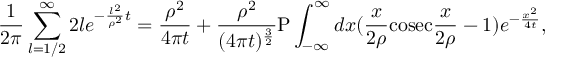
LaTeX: { \frac { 1 } { 2 \pi } } \sum _ { l = 1 / 2 } ^ { \infty } 2 l e ^ { - { \frac { l ^ { 2 } } { \rho ^ { 2 } } } t } = { \frac { \rho ^ { 2 } } { 4 \pi t } } + { \frac { \rho ^ { 2 } } { ( 4 \pi t ) ^ { \frac { 3 } { 2 } } } } \mathrm { P } \int _ { - \infty } ^ { \infty } d x ( { \frac { x } { 2 \rho } } \mathrm { c o s e c } { \frac { x } { 2 \rho } } - 1 ) e ^ { - { \frac { x ^ { 2 } } { 4 t } } } ,